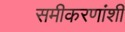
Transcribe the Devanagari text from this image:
समीकरणांशी